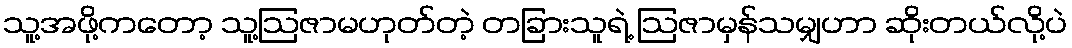
သူ့အဖို့ကတော့ သူ့ဩဇာမဟုတ်တဲ့ တခြားသူရဲ့ ဩဇာမှန်သမျှဟာ ဆိုးတယ်လို့ပဲ